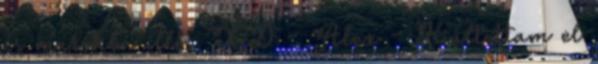
és marokba illő. XD - Alex - Kiáltottam el